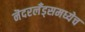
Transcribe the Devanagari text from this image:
नॆदरलँड्समध्येच